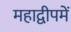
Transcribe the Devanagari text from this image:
महाद्वीपमें